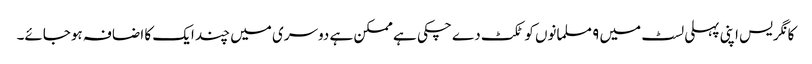
کانگریس اپنی پہلی لسٹ میں ۹ مسلمانوں کو ٹکٹ دے چکی ہے ممکن ہے دوسری میں چند ایک کا اضافہ ہوجائے۔